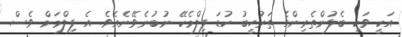
އަކީ ވަކި ބެލުންތެރިންގެ ތަރުހީބު ކުޑަ ފިލްމެކޭ ނުބުނެވޭނެއެވެ. އެ ފިލްމަށް ވެސް